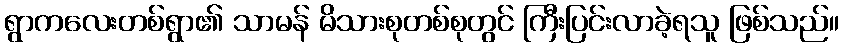
ရွာကလေးတစ်ရွာ၏ သာမန် မိသားစုတစ်စုတွင် ကြီးပြင်းလာခဲ့ရသူ ဖြစ်သည်။